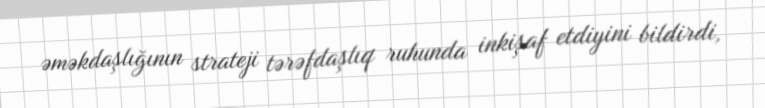
əməkdaşlığının strateji tərəfdaşlıq ruhunda inkişaf etdiyini bildirdi,